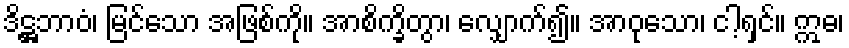
ဒိဋ္ဌဘာဝံ၊ မြင်သော အဖြစ်ကို။ အာစိက္ခိတွာ၊ လျှောက်၍။ အာဝုသော၊ ငါ့ရှင်။ ဣဓ၊